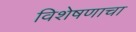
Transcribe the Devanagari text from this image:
विशेषणाचा